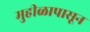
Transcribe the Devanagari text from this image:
मुहीळापासून